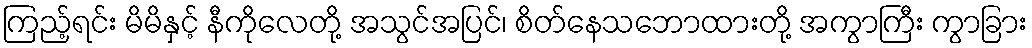
ကြည့်ရင်း မိမိနှင့် နီကိုလေတို့ အသွင်အပြင်၊ စိတ်နေသဘောထားတို့ အကွာကြီး ကွာခြား